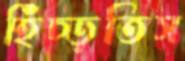
হিঁচ্‌ড়তিস